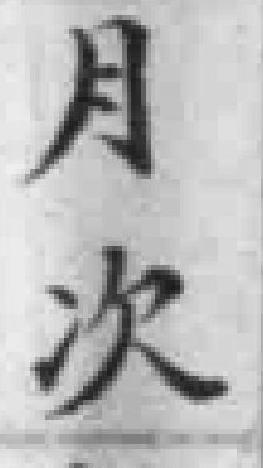
月次